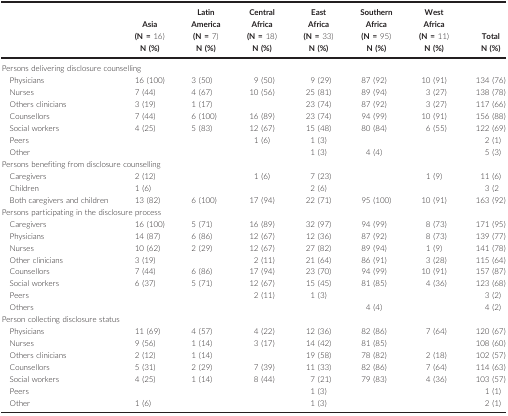
<table><thead><tr><td></td><td><b>Asia (N = 16)</b></td><td><b>Latin America (N = 7)</b></td><td><b>Central Africa (N = 18)</b></td><td><b>East Africa (N = 33)</b></td><td><b>Southern Africa (N = 95)</b></td><td><b>West Africa (N = 11)</b></td><td><b>Total</b></td></tr><tr><td></td><td><b>N (%)</b></td><td><b>N (%)</b></td><td><b>N (%)</b></td><td><b>N (%)</b></td><td><b>N (%)</b></td><td><b>N (%)</b></td><td><b>N (%)</b></td></tr></thead><tbody><tr><td colspan="8">Persons delivering disclosure counselling</td></tr><tr><td>Physicians</td><td>16 (100)</td><td>3 (50)</td><td>9 (50)</td><td>9 (29)</td><td>87 (92)</td><td>10 (91)</td><td>134 (76)</td></tr><tr><td>Nurses</td><td>7 (44)</td><td>4 (67)</td><td>10 (56)</td><td>25 (81)</td><td>89 (94)</td><td>3 (27)</td><td>138 (78)</td></tr><tr><td>Others clinicians</td><td>3 (19)</td><td>1 (17)</td><td></td><td>23 (74)</td><td>87 (92)</td><td>3 (27)</td><td>117 (66)</td></tr><tr><td>Counsellors</td><td>7 (44)</td><td>6 (100)</td><td>16 (89)</td><td>23 (74)</td><td>94 (99)</td><td>10 (91)</td><td>156 (88)</td></tr><tr><td>Social workers</td><td>4 (25)</td><td>5 (83)</td><td>12 (67)</td><td>15 (48)</td><td>80 (84)</td><td>6 (55)</td><td>122 (69)</td></tr><tr><td>Peers</td><td></td><td></td><td>1 (6)</td><td>1 (3)</td><td></td><td></td><td>2 (1)</td></tr><tr><td>Other</td><td></td><td></td><td></td><td>1 (3)</td><td>4 (4)</td><td></td><td>5 (3)</td></tr><tr><td colspan="8">Persons benefiting from disclosure counselling</td></tr><tr><td>Caregivers</td><td>2 (12)</td><td></td><td>1 (6)</td><td>7 (23)</td><td></td><td>1 (9)</td><td>11 (6)</td></tr><tr><td>Children</td><td>1 (6)</td><td></td><td></td><td>2 (6)</td><td></td><td></td><td>3 (2</td></tr><tr><td>Both caregivers and children</td><td>13 (82)</td><td>6 (100)</td><td>17 (94)</td><td>22 (71)</td><td>95 (100)</td><td>10 (91)</td><td>163 (92)</td></tr><tr><td colspan="8">Persons participating in the disclosure process</td></tr><tr><td>Caregivers</td><td>16 (100)</td><td>5 (71)</td><td>16 (89)</td><td>32 (97)</td><td>94 (99)</td><td>8 (73)</td><td>171 (95)</td></tr><tr><td>Physicians</td><td>14 (87)</td><td>6 (86)</td><td>12 (67)</td><td>12 (36)</td><td>87 (92)</td><td>8 (73)</td><td>139 (77)</td></tr><tr><td>Nurses</td><td>10 (62)</td><td>2 (29)</td><td>12 (67)</td><td>27 (82)</td><td>89 (94)</td><td>1 (9)</td><td>141 (78)</td></tr><tr><td>Other clinicians</td><td>3 (19)</td><td></td><td>2 (11)</td><td>21 (64)</td><td>86 (91)</td><td>3 (28)</td><td>115 (64)</td></tr><tr><td>Counsellors</td><td>7 (44)</td><td>6 (86)</td><td>17 (94)</td><td>23 (70)</td><td>94 (99)</td><td>10 (91)</td><td>157 (87)</td></tr><tr><td>Social workers</td><td>6 (37)</td><td>5 (71)</td><td>12 (67)</td><td>15 (45)</td><td>81 (85)</td><td>4 (36)</td><td>123 (68)</td></tr><tr><td>Peers</td><td></td><td></td><td>2 (11)</td><td>1 (3)</td><td></td><td></td><td>3 (2)</td></tr><tr><td>Others</td><td></td><td></td><td></td><td></td><td>4 (4)</td><td></td><td>4 (2)</td></tr><tr><td colspan="8">Person collecting disclosure status</td></tr><tr><td>Physicians</td><td>11 (69)</td><td>4 (57)</td><td>4 (22)</td><td>12 (36)</td><td>82 (86)</td><td>7 (64)</td><td>120 (67)</td></tr><tr><td>Nurses</td><td>9 (56)</td><td>1 (14)</td><td>3 (17)</td><td>14 (42)</td><td>81 (85)</td><td></td><td>108 (60)</td></tr><tr><td>Others clinicians</td><td>2 (12)</td><td>1 (14)</td><td></td><td>19 (58)</td><td>78 (82)</td><td>2 (18)</td><td>102 (57)</td></tr><tr><td>Counsellors</td><td>5 (31)</td><td>2 (29)</td><td>7 (39)</td><td>11 (33)</td><td>82 (86)</td><td>7 (64)</td><td>114 (63)</td></tr><tr><td>Social workers</td><td>4 (25)</td><td>1 (14)</td><td>8 (44)</td><td>7 (21)</td><td>79 (83)</td><td>4 (36)</td><td>103 (57)</td></tr><tr><td>Peers</td><td></td><td></td><td></td><td>1 (3)</td><td></td><td></td><td>1 (1)</td></tr><tr><td>Other</td><td>1 (6)</td><td></td><td></td><td>1 (3)</td><td></td><td></td><td>2 (1)</td></tr></tbody></table>